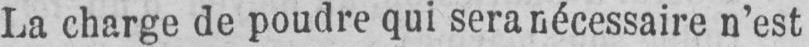
La charge de poudre qui sera nécessaire n’est